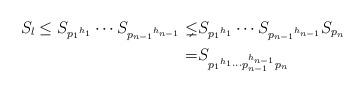
LaTeX: \begin{align*}S_l\leq S_{{p_1}^{h_1}} \cdots S_{{p_{n-1}}^{h_{n-1}}} \lneq & S_{{p_1}^{h_1}} \cdots S_{{p_{n-1}}^{h_{n-1}}} S_{p_n} \\=& S_{{{p_1}^{h_1}} \cdots p_{n-1}^{h_{n-1}}p_n}\end{align*}